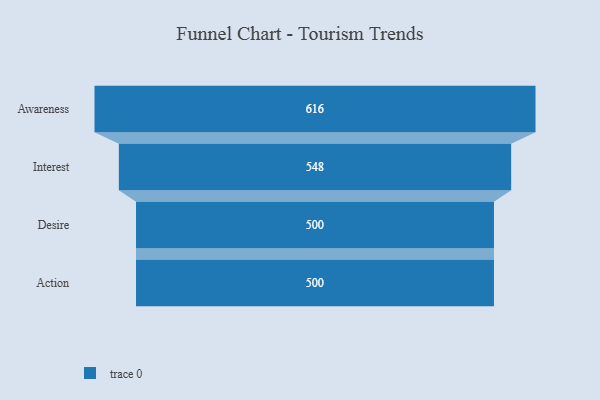
{"axis": {"x": "Stage", "y": "Value"}, "legend": [""], "data": [{"x": "Awareness", "y": 616.0, "type": ""}, {"x": "Interest", "y": 548.0, "type": ""}, {"x": "Desire", "y": 500, "type": ""}, {"x": "Action", "y": 500, "type": ""}]}